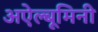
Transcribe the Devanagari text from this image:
अऐल्बूमिनी